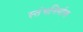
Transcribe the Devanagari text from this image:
स्तंभनिर्माण